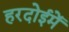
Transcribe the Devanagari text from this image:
हरदोईमें